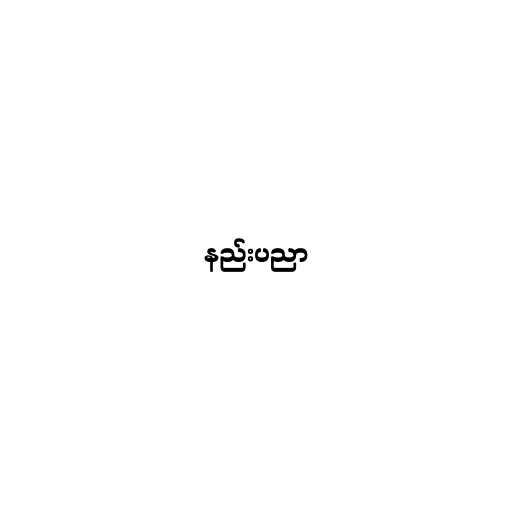
နည်းပညာ